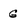
Character: g